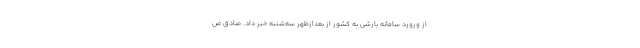
از ورورد سامانه بارشی به کشور از بعدازظهر سه‌شنبه خبر داد. صادق ض